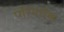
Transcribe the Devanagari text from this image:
परिवर्धक